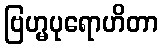
ဗြဟ္မပုရောဟိတာ